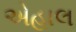
એહાલ